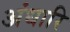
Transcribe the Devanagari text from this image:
अंधारि